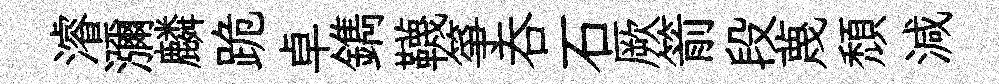
濬瀰麟跪卓鐫韈箏吞石厥箭段蔑頹減